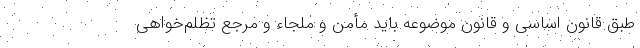
طبق قانون اساسی و قانون موضوعه باید مأمن و ملجاء و مرجع تظلم‌خواهی